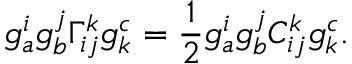
g _ { a } ^ { i } g _ { b } ^ { j } \Gamma _ { i j } ^ { k } g _ { k } ^ { c } = \frac { 1 } { 2 } g _ { a } ^ { i } g _ { b } ^ { j } C _ { i j } ^ { k } g _ { k } ^ { c } .